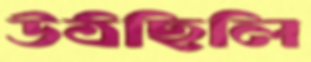
উঠছিলি